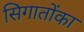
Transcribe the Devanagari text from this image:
सिगातोंका